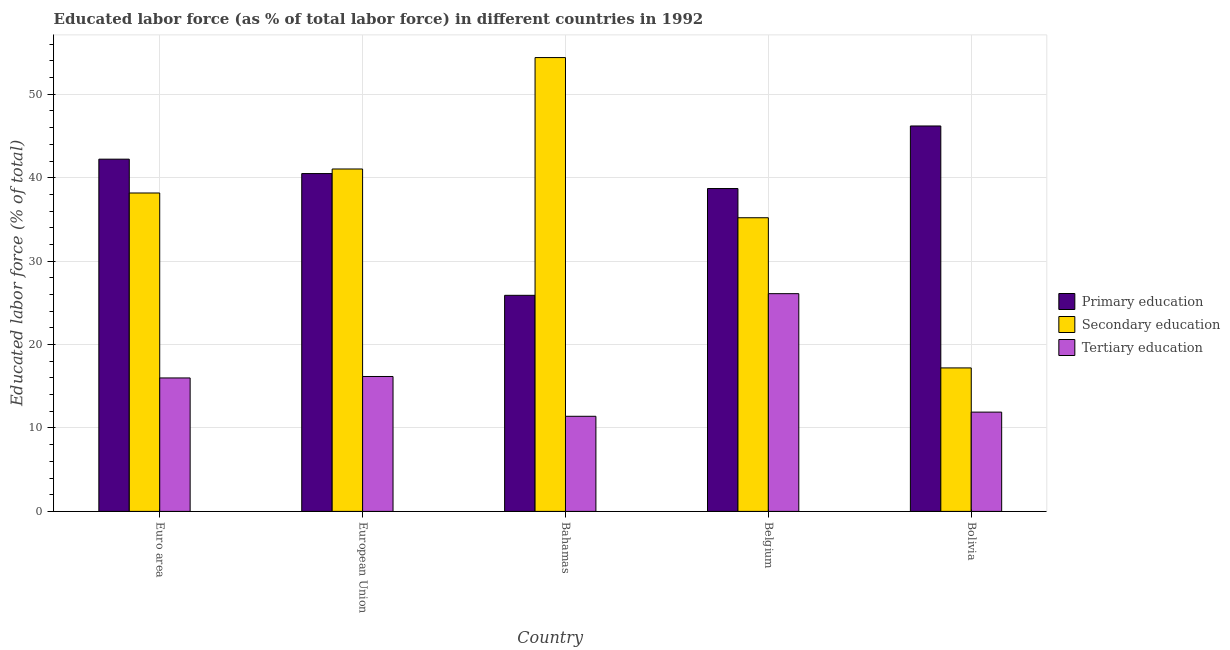
| Country | Primary education | Secondary education | Tertiary education |
 | --- | --- | --- | --- |
 | Euro area | 42.2 | 38.2 | 16 |
 | European Union | 40.5 | 41 | 16.2 |
 | Bahamas | 25.9 | 54.4 | 11.4 |
 | Belgium | 38.7 | 35.2 | 26.1 |
 | Bolivia | 46.2 | 17.2 | 11.9 |